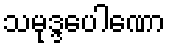
သမုဒ္ဒပေါဏော